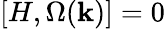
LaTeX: [H,\Omega({\mathbf k})]=0